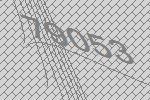
79053